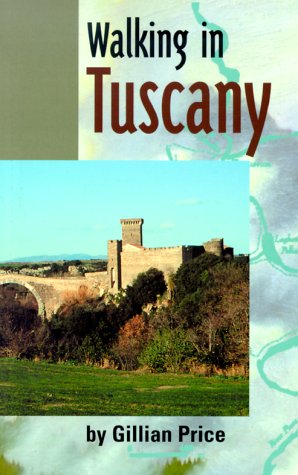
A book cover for Walking in Tuscany: Etruscan Trails in Old Etruria; Gillian Price; Travel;